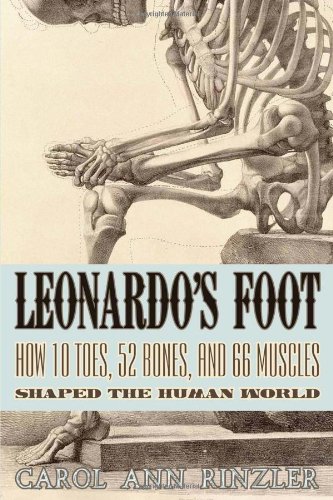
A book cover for Leonardo's Foot: How 10 Toes, 52 Bones, and 66 Muscles Shaped the Human World; Carol Ann Rinzler; Medical Books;